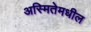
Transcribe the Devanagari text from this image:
अस्मितेमधील